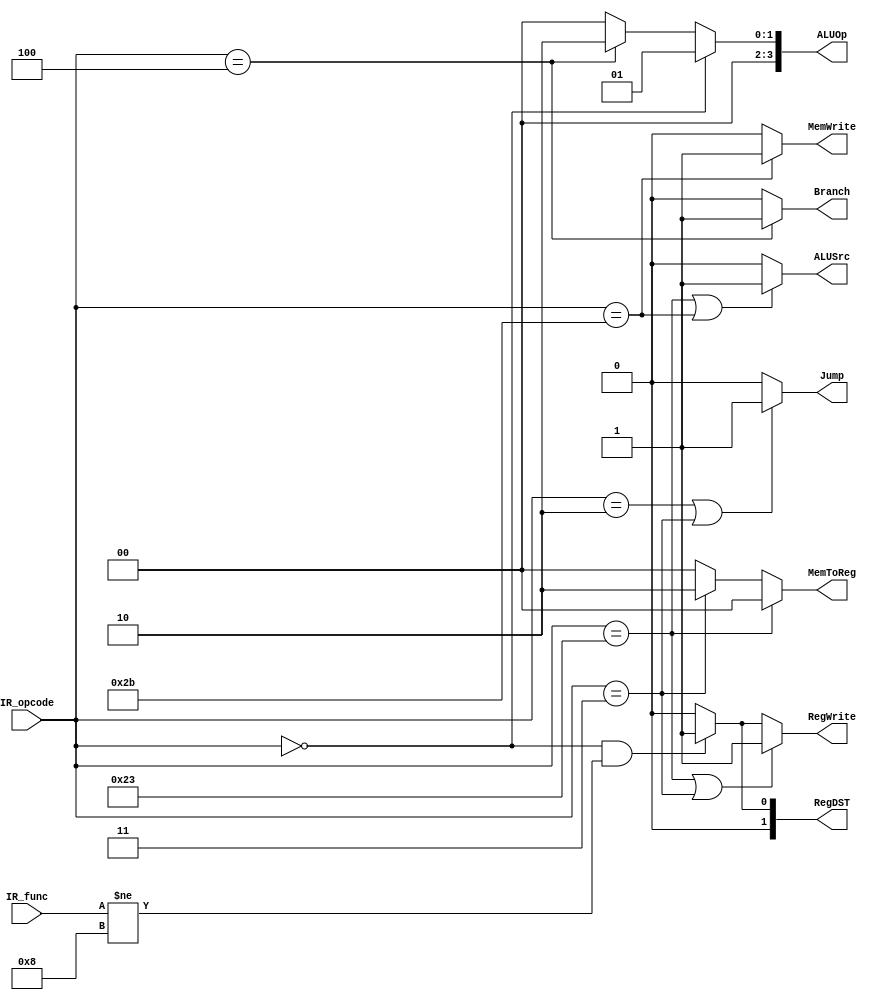
module mainControl(
IR_opcode,
IR_func,
ALUOp,
MemToReg, MemWrite,
RegDST, RegWrite,
Jump, ALUSrc,
Branch
);

input [5:0] IR_opcode; //opcode
input [5:0] IR_func;   //funct
output reg [3:0] ALUOp;
output reg [1:0] MemToReg;
output reg MemWrite;
output reg [1:0] RegDST;
output reg RegWrite;
output reg Jump, ALUSrc;
output reg Branch;

always@ (*) begin //ALUOp
	if(IR_opcode == 0) ALUOp = 4'b0001;
	else if(IR_opcode == 4) ALUOp = 4'b0010;
	else ALUOp = 4'b0000;
end

always@ (*) begin //Jump
	if(IR_opcode == 2 || IR_opcode == 3) Jump = 1;
	else Jump = 0;
end

always@ (*) begin //Branch
	if(IR_opcode == 4) Branch = 1;
	else Branch = 0;
end

always@ (*) begin //RegDST
	if(IR_opcode == 0 && IR_func != 8) RegDST = 1;
	else RegDST = 0;
end

always@ (*) begin //MemToReg
	if(IR_opcode == 35) 	MemToReg = 2'b00; // lw
	else if(IR_opcode == 3) MemToReg = 2'b10; // jal/jalr
	else 					MemToReg = 2'b00; // R type
end

always@ (*) begin //MemWrite
	if(IR_opcode == 43) MemWrite = 1;
	else MemWrite = 0;
end

always@ (*) begin //ALUSrc
	if(IR_opcode == 35 || IR_opcode == 43) ALUSrc = 1;
	else ALUSrc = 0;
end

always@ (*) begin //RegWrite
	if(IR_opcode == 35 || IR_opcode == 3) RegWrite = 1;
	else if(IR_opcode == 0 && IR_func != 8) RegWrite = 1;
	else RegWrite = 0;
end

endmodule